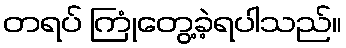
တရပ် ကြုံတွေ့ခဲ့ရပါသည်။